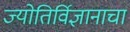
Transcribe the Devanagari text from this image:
ज्योतिर्विज्ञानाचा